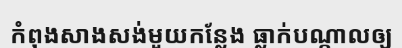
កំពុងសាងសង់មួយកន្លែង ធ្លាក់បណ្តាលឲ្យ